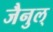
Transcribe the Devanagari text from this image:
जैनुल्